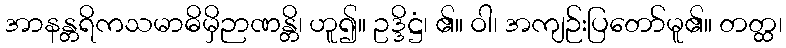
အာနန္တရိကသမာဓိမှိဉာဏန္တိ၊ ဟူ၍။ ဥဒ္ဒိဋ္ဌံ၊ ၏။ ဝါ၊ အကျဉ်းပြတော်မူ၏။ တတ္ထ၊